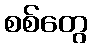
စစ်တွေ